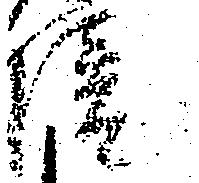
院